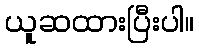
ယူဆထားပြီးပါ။